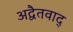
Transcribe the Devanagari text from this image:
अद्वैतवाद्